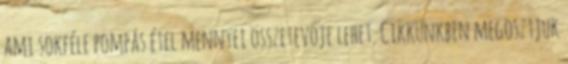
ami sokféle pompás étel mennyei összetevője lehet. Cikkünkben megosztjuk